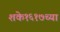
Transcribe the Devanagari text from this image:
शके१६१७च्या